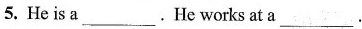
5.He is a ___ . He works at a ___.